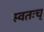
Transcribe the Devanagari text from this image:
स्वतःच्